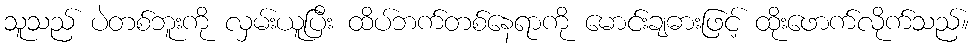
သူသည် ပဲတစ်ဘူးကို လှမ်းယူပြီး ထိပ်ဘက်တစ်နေရာကို မောင်းချဓားဖြင့် ထိုးဖောက်လိုက်သည်။